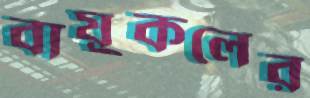
বায়ুকলের